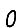
Digit: 0